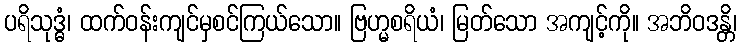
ပရိသုဒ္ဓံ၊ ထက်ဝန်းကျင်မှစင်ကြယ်သော။ ဗြဟ္မစရိယံ၊ မြတ်သော အကျင့်ကို။ အဘိဝဒန္တိ၊